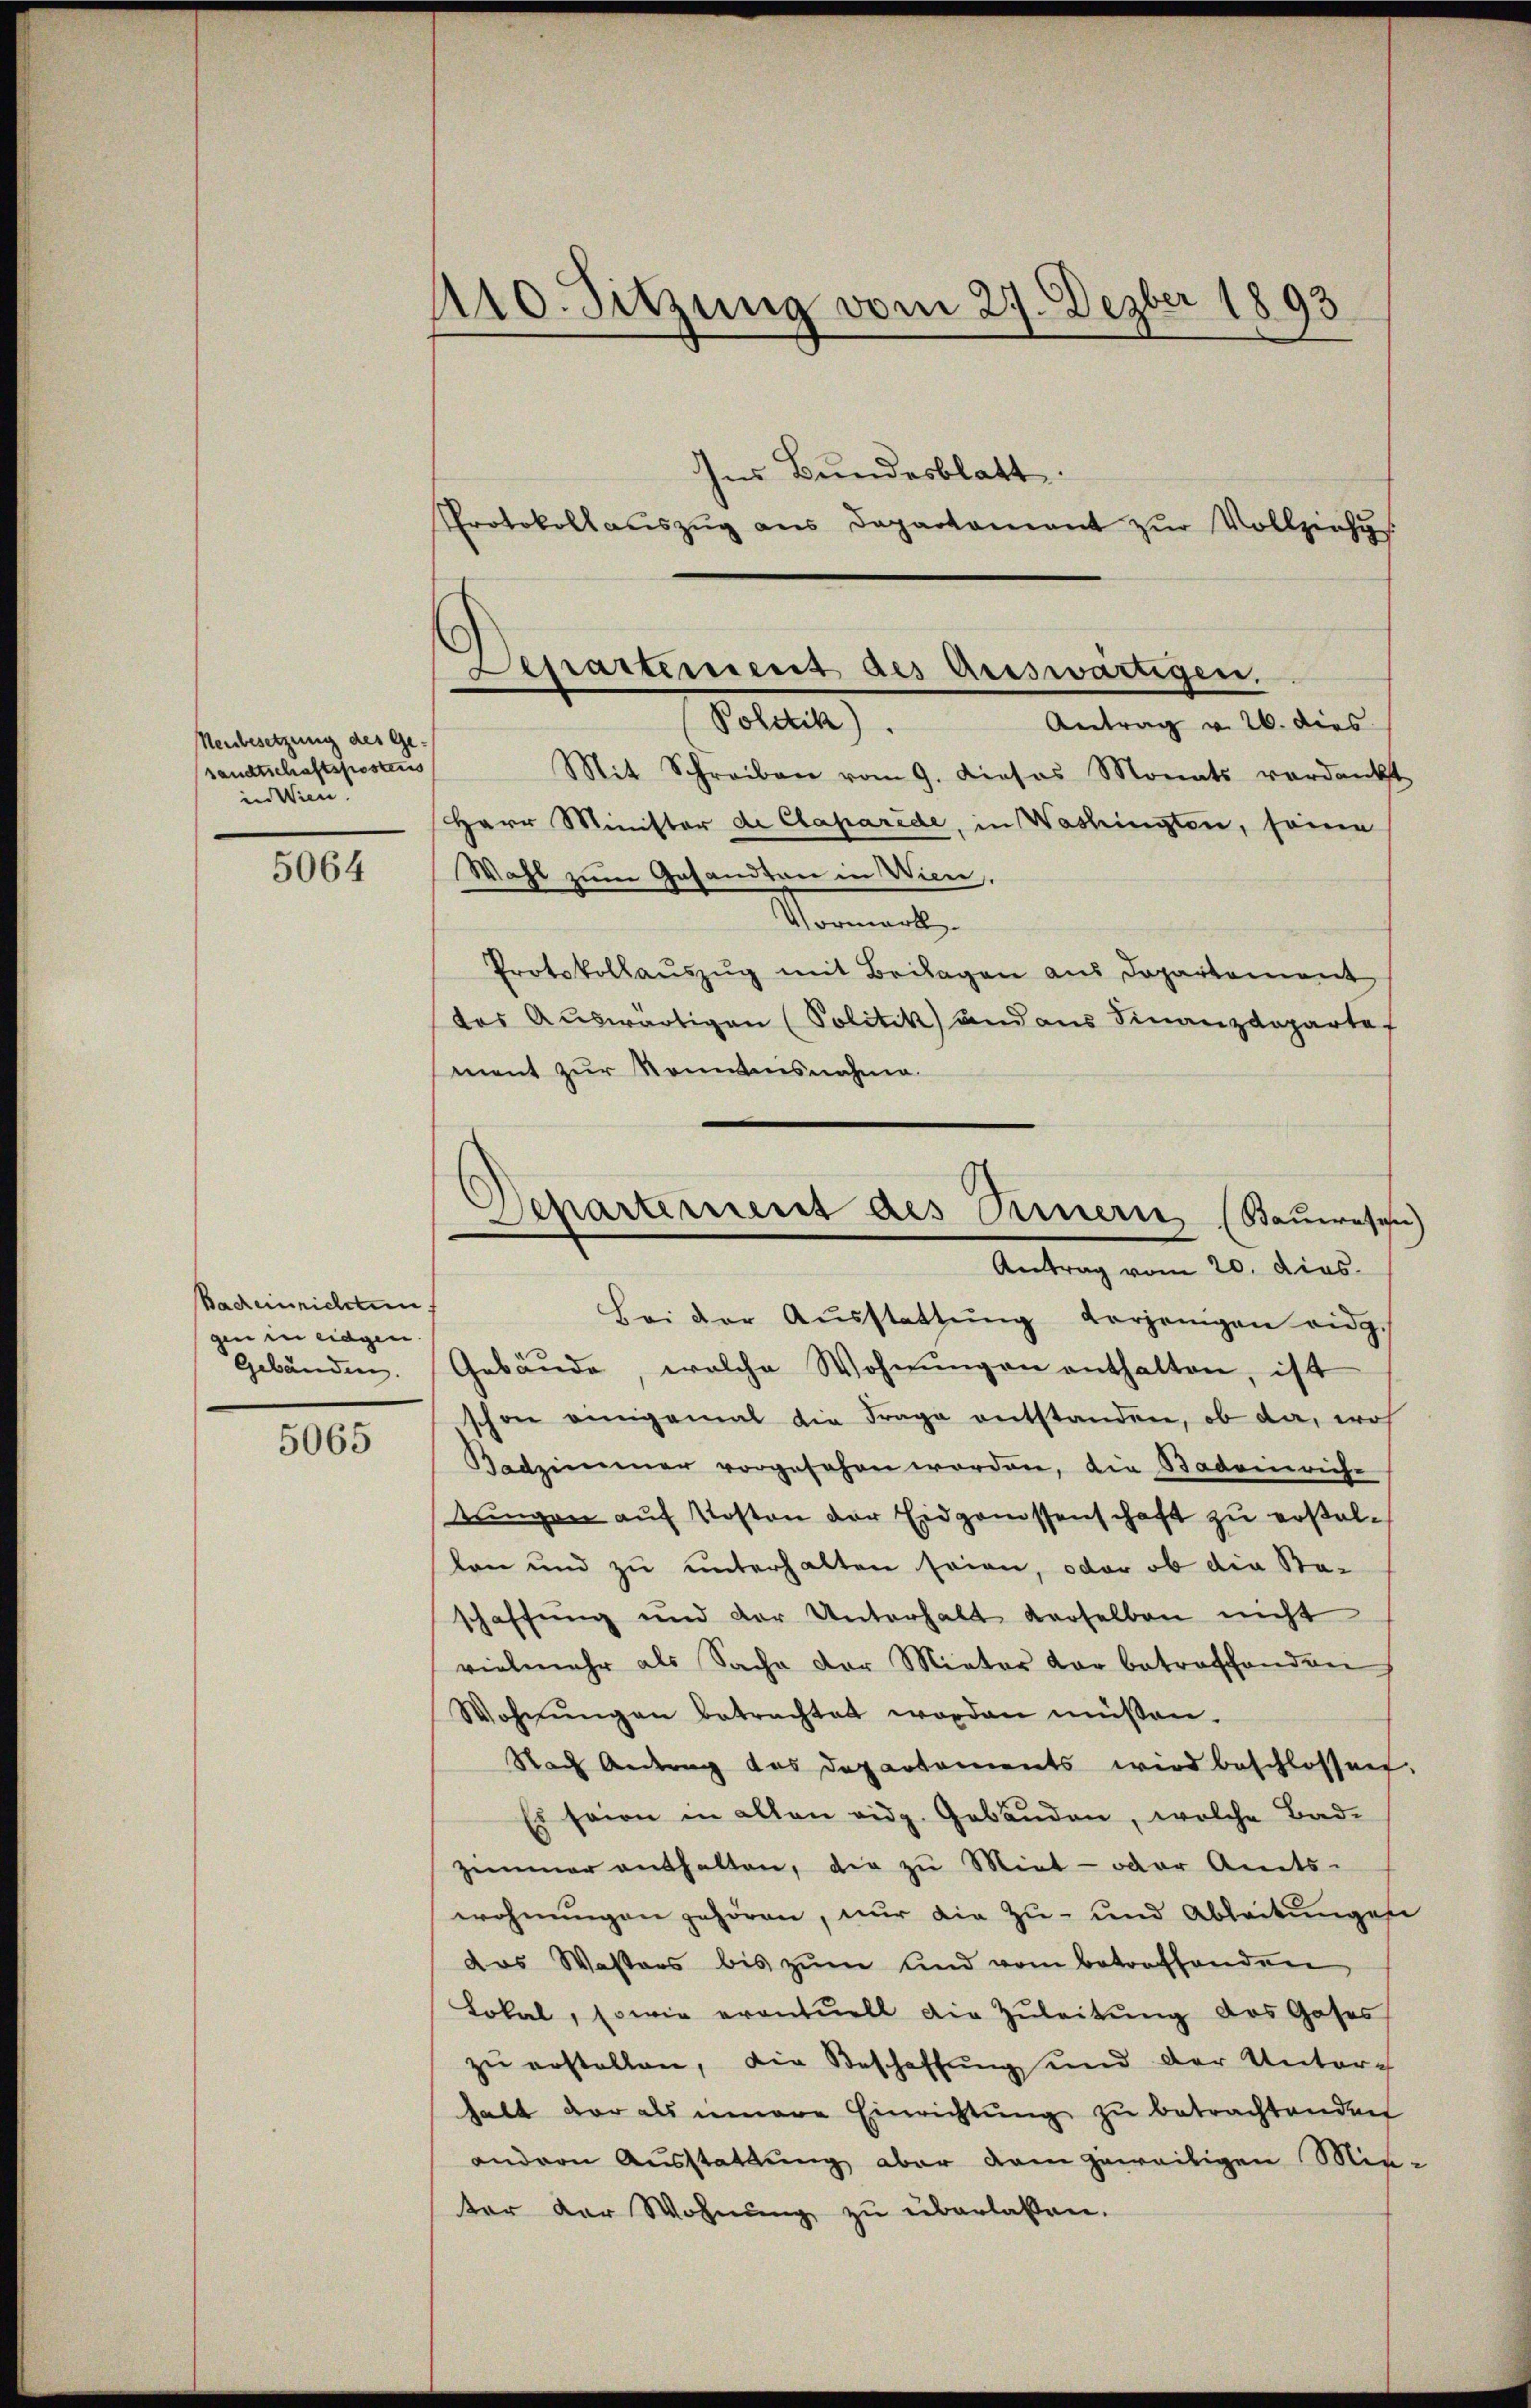
Neubesetzung des Ge
sandtschaftspostens
in Wien.

5064

Bacheinrichten.
gen in eingen.
Gebäuden.

5065

410. Sitzung vom 27. Dezber 1893

Protokoll aŭszŭg ans Departament zŭr Vollziehu
Mit Schreiben vom 9. Dieses Monats verdankt
Herr Minister de Claparide, in Washingten, seine
Wahl zum Gesandten in Wien,
Somment
Protokollauszug mit Beilagen aus Departement
das Auswärtigen (Politik und aus Finanzdepartef
ment zur Sonntensnahme
Bei der Aŭsstattŭng derjenigen eidg.
Gebäude, welche Wohnungen enthalten, ist
schon einigemal die Frage entstanden, ob da, woh
Radzimmer vorgesehen worden, die Bademriche
tungen auf Kosten der Eidgenossenschaft zu erstellen und zu unterhalten seien, oder ob die Sta-
schaffung und der Unterhalt derselben nicht
vielmehr als Sache der Mieter vor betroffenden
Wohnŭngen betrachtet worden müßen.
Nach Andern das Departements wird beschlossen.
Es seien in allen eidg. Gebäuden, welche Bade
zimmer enthalten, die zŭ Miet- oder Amts-
wohnungen gehören, nur die Zu- und Ableitŭngen
das Wasters bis zŭm und vom betreffenden
Lokal, sowie eventuell die Zŭleitŭng des Gases
zu erstellen, die Beschaffung und der Unterhabt der als innere Einrichtung zu betrachtenden
andern Ausstattung aber dem geweitigen Min-
ter der Wohnung zu überlassen.

Ins Bundesblatt.

Separtiment des Arsswärtigen,
Politik).
Antrag v. 26. dies

d
Departement des Bernern (Saueresen)
Antrag vom 20. dies